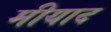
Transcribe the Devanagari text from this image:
मीयाद